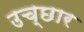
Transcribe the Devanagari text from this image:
उच्छार